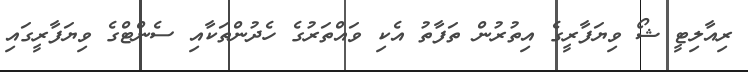
ރިއާލިޓީ ޝޯ ވިޔަފާރީގެ އިތުރުން ތަފާތު އެކި ވައްތަރުގެ ހެދުންތަކާއި ސެންޓްގެ ވިޔަފާރީގައި